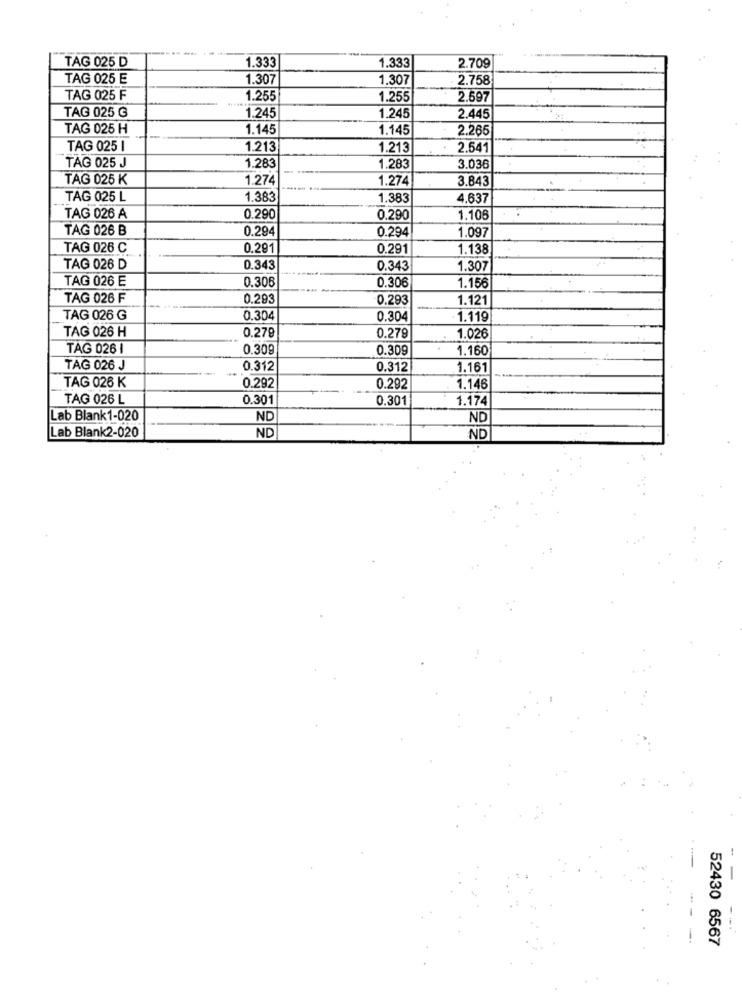
TAG 025 D
1.333
1.333
2.709
TAG 025 E
1.307
1.307
2.758
TAG 025 F
1.255
1.255
2.597
TAG 025 G
1.245
1.245
2.445
TAG 025 H
1.145
1.145
2.265
TAG 025 I
1.213
1.213
2.541
TAG 025 J
1.283
1.283
3.036
TAG 025 K
1.274
1.274
3.843
TAG 025 L
1.383
1.383
4,637
TAG 026 A
0.290
0.290
1.106
TAG 026 B
0.294
0.294
1.097
TAG 026 C
0.291
0.291
1.138
TAG 026 D
0.343
0.343
1.307
TAG 026 E
0.306
0.306
1.156
TAG 026 F
0.293
0.293
1.121
-
TAG 026 G
0.304
0.304
1.119
TAG 026 H
0.279
0.279
1.026
TAG 026 1
0.309
0.309
1.160
TAG 026 J
0.312
0.312
1.161
TAG 026 K
0.292
0.292
1.146
TAG 026 L
0.301
0.301
1.174
Lab Blank1-020
ND
ND
ND
Lab Blank2-020
ND
-
52430 6567